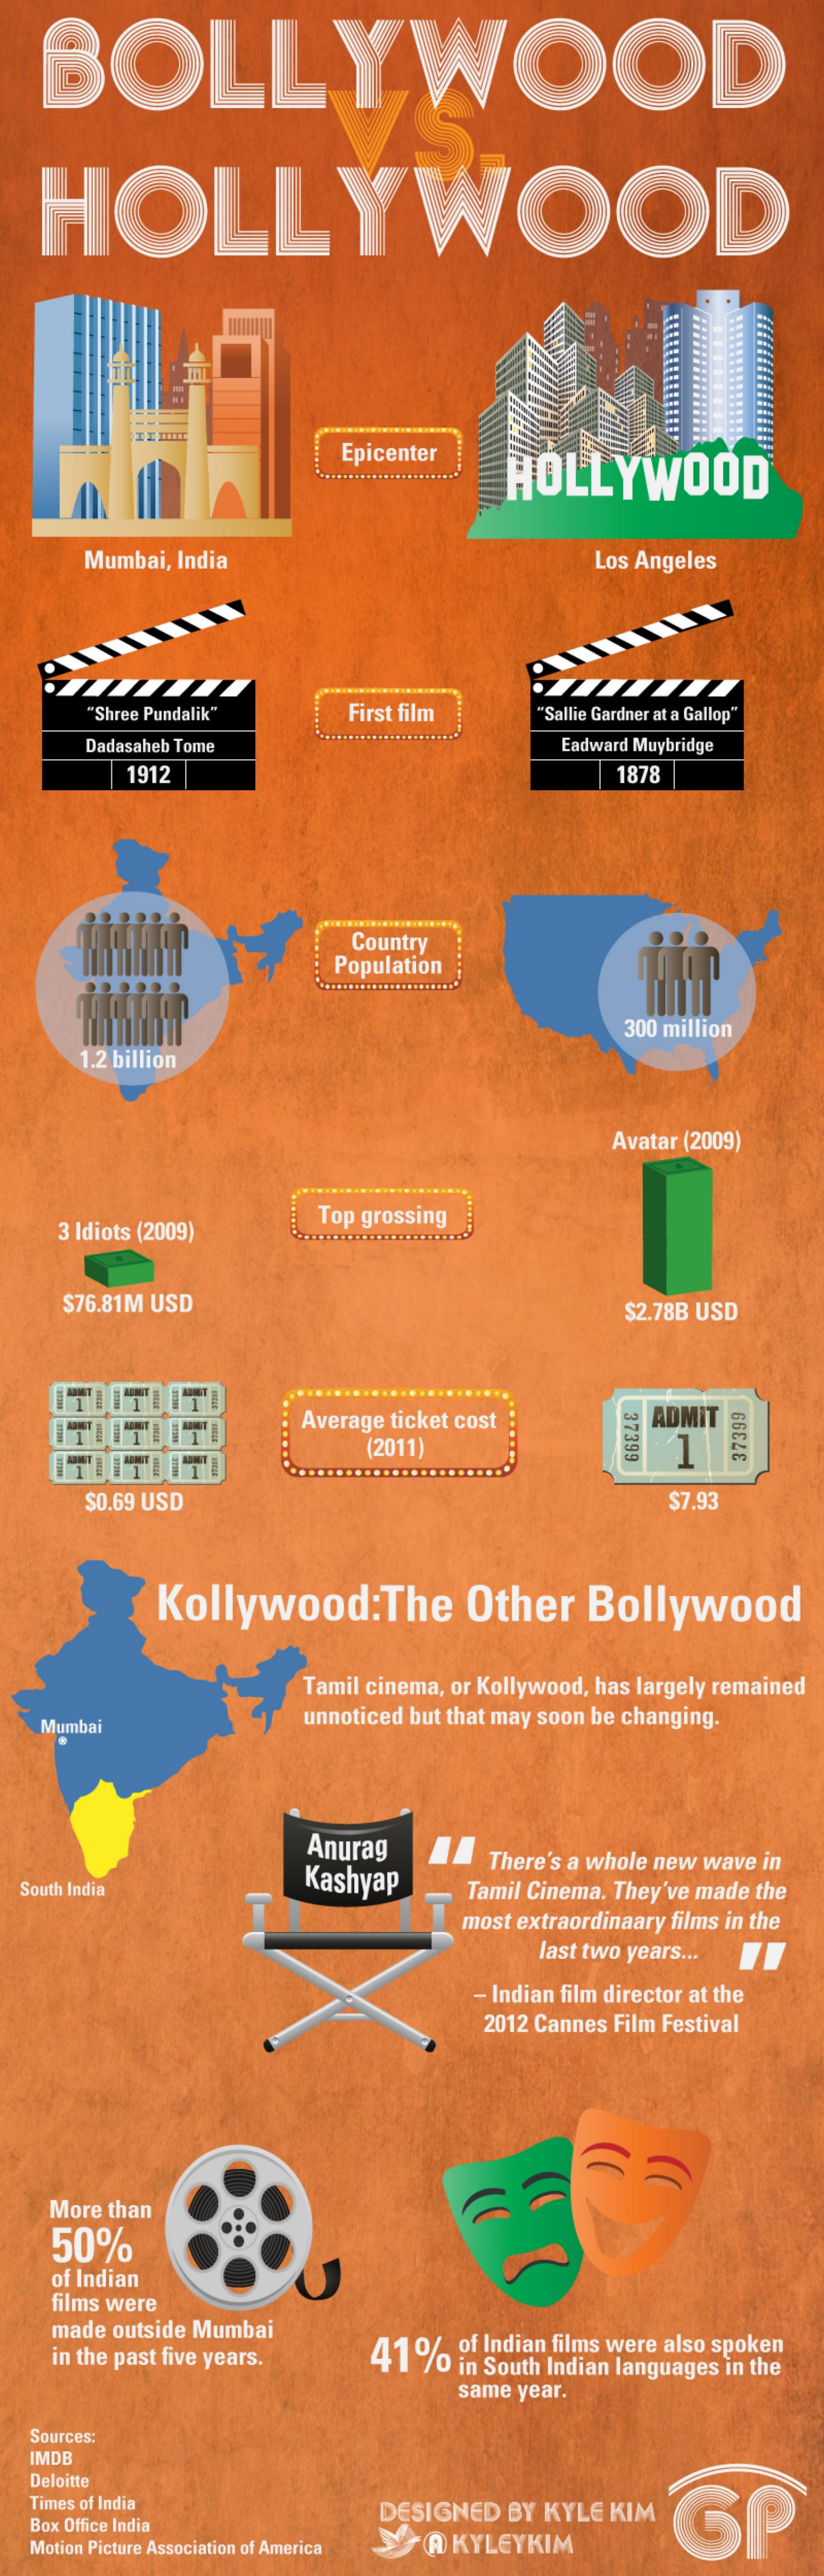
BOLLYWOOD
   HOLLYWOOD
     Epicenter
     HOLLYWOOD
     Mumbai, India    Los Angeles
     "Shree Pundalik"  First film  'Sallie Gardner at a Gallop"
     Dadasaheb Tome    Eadward Muybridge
     1912    1878
     Country
     Population
     300 million
     1.2 billion
     Avatar (2009)
    3 Idiots (2009)
     Top grossing
     $76.81M USD    $2.78B USD
     Average ticket cost    ADMIT
     37399 (2011) 1 37399
     $0.69 USD    $7.93
     Kollywood:The    Other   Bollywood
     Tamil cinema, or Kollywood, has largely remained
   Mumbai    unnoticed but that may soon be changing.
     Anurag
     There's a whole new wave in
  South India    Kashyap    Tamil Cinema. They've made the
     most extraordinaary films in the
     last two years ...
     - Indian film director at the
     2012 Cannes Film Festival
    More than
    50%
    of Indian
    films were
    made outside Mumbai
    in the past five years. 41% of Indian films were also spoken
     O in South Indian languages in the
     same year.
  Sources:
  IMDB
   Deloitte
  Times of India
  Box Office India
     DESIGNED BY KYLE KIM
  Motion Picture Association of America JA KYLEYKIM
     SP